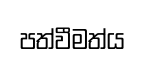
පත්වීමත්ය